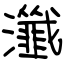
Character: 瀸